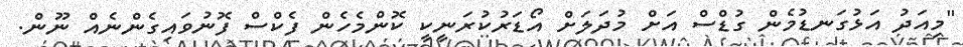
"މިއަދު އަޅުގަނޑުމެން ގުޑްސް އަށް މުދަލަށް އޯޑަރުކުރަނީކީ ކޮންމެހެން ފެކްސް ފޮނުވައިގެންނެއް ނޫން.